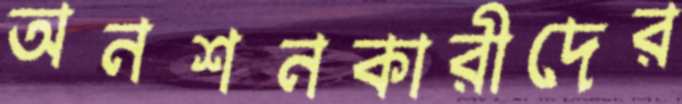
অনশনকারীদের